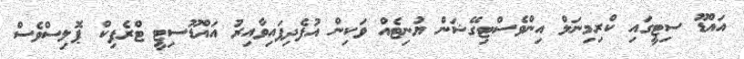
އައްޑޫ ސިޓީގައި ކްރިމިނަލް އިންވެސްޓިގޭޝަން ޔުނިޓެއް ވަކިން އުފެދިފައިވާއިރު އައްޑޫސިޓީ ޓްރެފިކް ޕޮލިސްވެސް